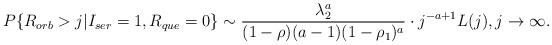
LaTeX: \begin{align*}P\{R_{orb}>j|I_{ser}=1,R_{que}=0\}\sim\frac {\lambda_2^a} {(1-\rho)(a-1)(1-\rho_1)^{a}}\cdot j^{-a+1}L(j),j\to\infty.\end{align*}